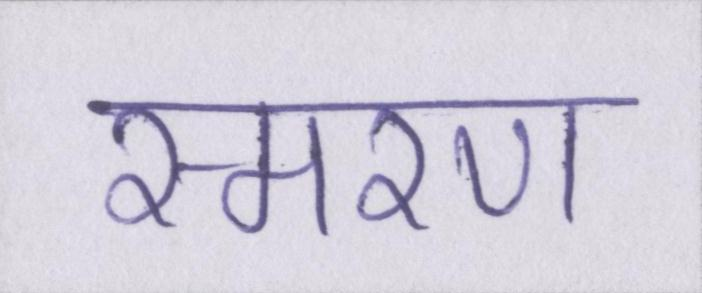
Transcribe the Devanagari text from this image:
स्मरण